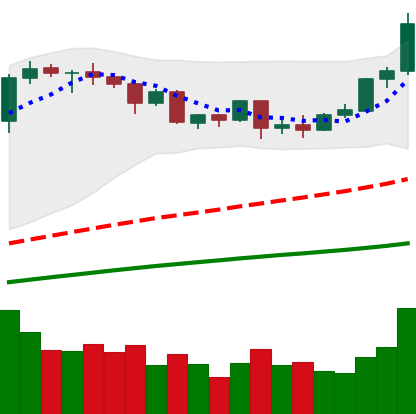
Ticker: ETH-USD
Chart end date: 2020-09-01
Forward return: -25.928%
Label: down_7plus